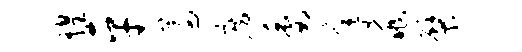
煌平遵房委年兆檗